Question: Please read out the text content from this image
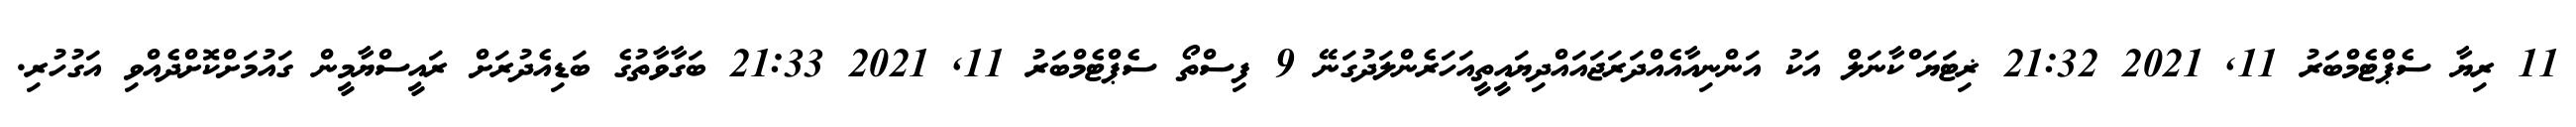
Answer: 11 ރިޔާ ސެޕްޓެމްބަރު 11, 2021 21:32 ޜިޓަޔަޱްކާނަލް އަކު އަންނިއާއެއްދަރަޖައައްދިޔައީތީއަހަރެންލަދުގަނޭ 9 ފިސްތޯ ސެޕްޓެމްބަރު 11, 2021 21:33 ބަގާވާތުގެ ބަޑިއެދުރަށް ރައީސްޔާމީން ގައުމަށްކޮށްދެއްވި އަގުހުރި.